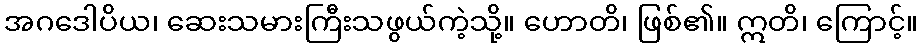
အဂဒေါပိယ၊ ဆေးသမားကြီးသဖွယ်ကဲ့သို့။ ဟောတိ၊ ဖြစ်၏။ ဣတိ၊ ကြောင့်။